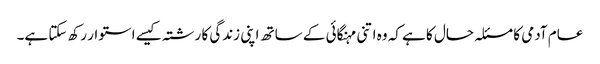
عام آدمی کا مسئلہ حال کا ہے کہ وہ اتنی مہنگائی کے ساتھ اپنی زندگی کا رشتہ کیسے استوار رکھ سکتا ہے۔